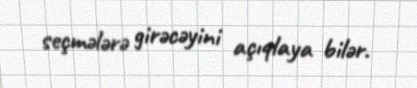
seçmələrə girəcəyini açıqlaya bilər.